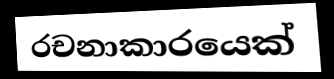
රචනාකාරයෙක්